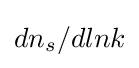
dn_{s}/dlnk